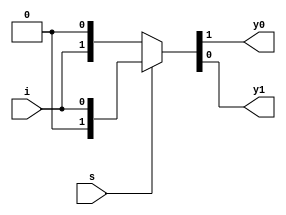
module demux_1_2(
  input s,
  input i,
  output y0, y1);
  
  assign {y0,y1} = s?{1'b0,i}: {i,1'b0};
endmodule

module demux_1_4(
  input s0, sel1,
  input  i,
  output  y0, y1, y2, y3);
  
  wire z1,z2;
  
  demux_1_2 d1(s0, i, z1, z2);
  demux_1_2 d2(s1, z1, y0, y1);
  demux_1_2 d3(s1, z2, y2, y3);
endmodule